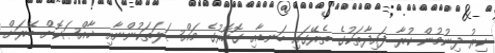
ކިރު ދިނުމުން ކުރާ ފައިދާތަކުގެ ތެރޭގައި ބަނޑާއި ގޮހޮރުގެ މައްސަލަތަކުންނާއި ޚާއްޞަކޮށް ބޭރަށް